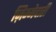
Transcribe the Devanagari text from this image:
ज़िम्मेदारी